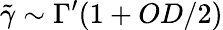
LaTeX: \tilde{\gamma}\sim\Gamma^{\prime}(1+OD/2)